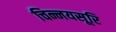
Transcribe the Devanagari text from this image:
चिन्नयसूरि